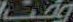
وقت